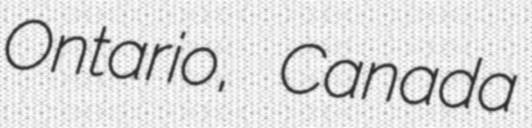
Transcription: Ontario, Canada